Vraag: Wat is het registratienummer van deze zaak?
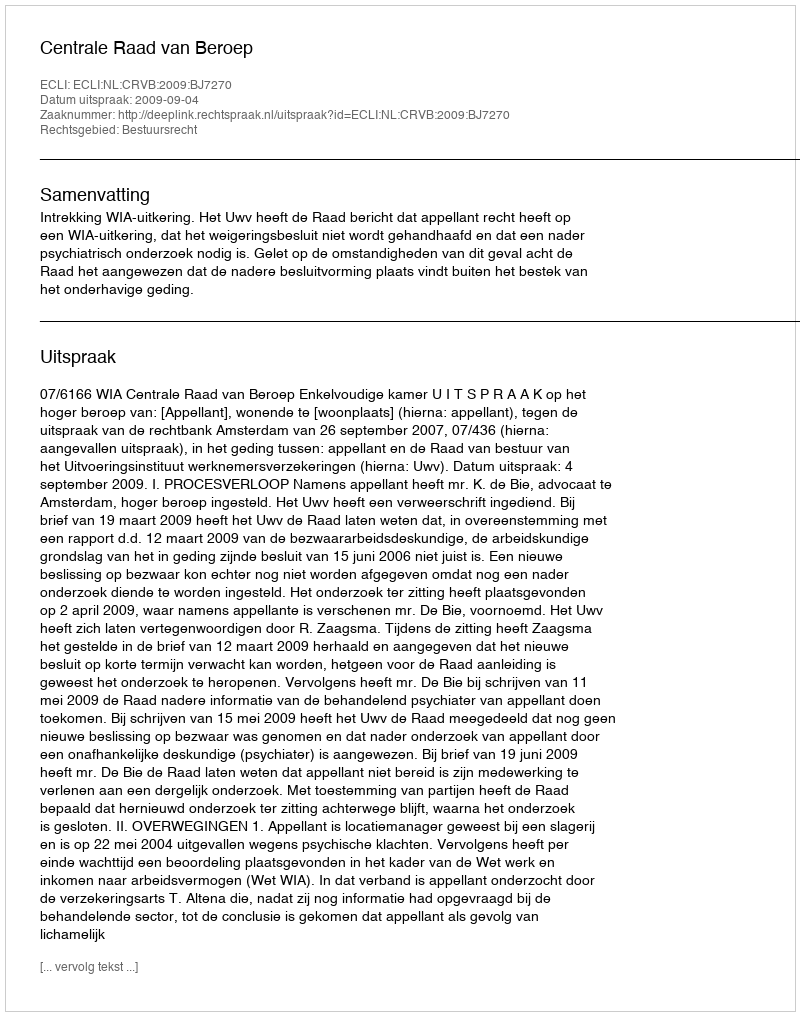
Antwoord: http://deeplink.rechtspraak.nl/uitspraak?id=ECLI:NL:CRVB:2009:BJ7270